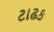
ટાઢક